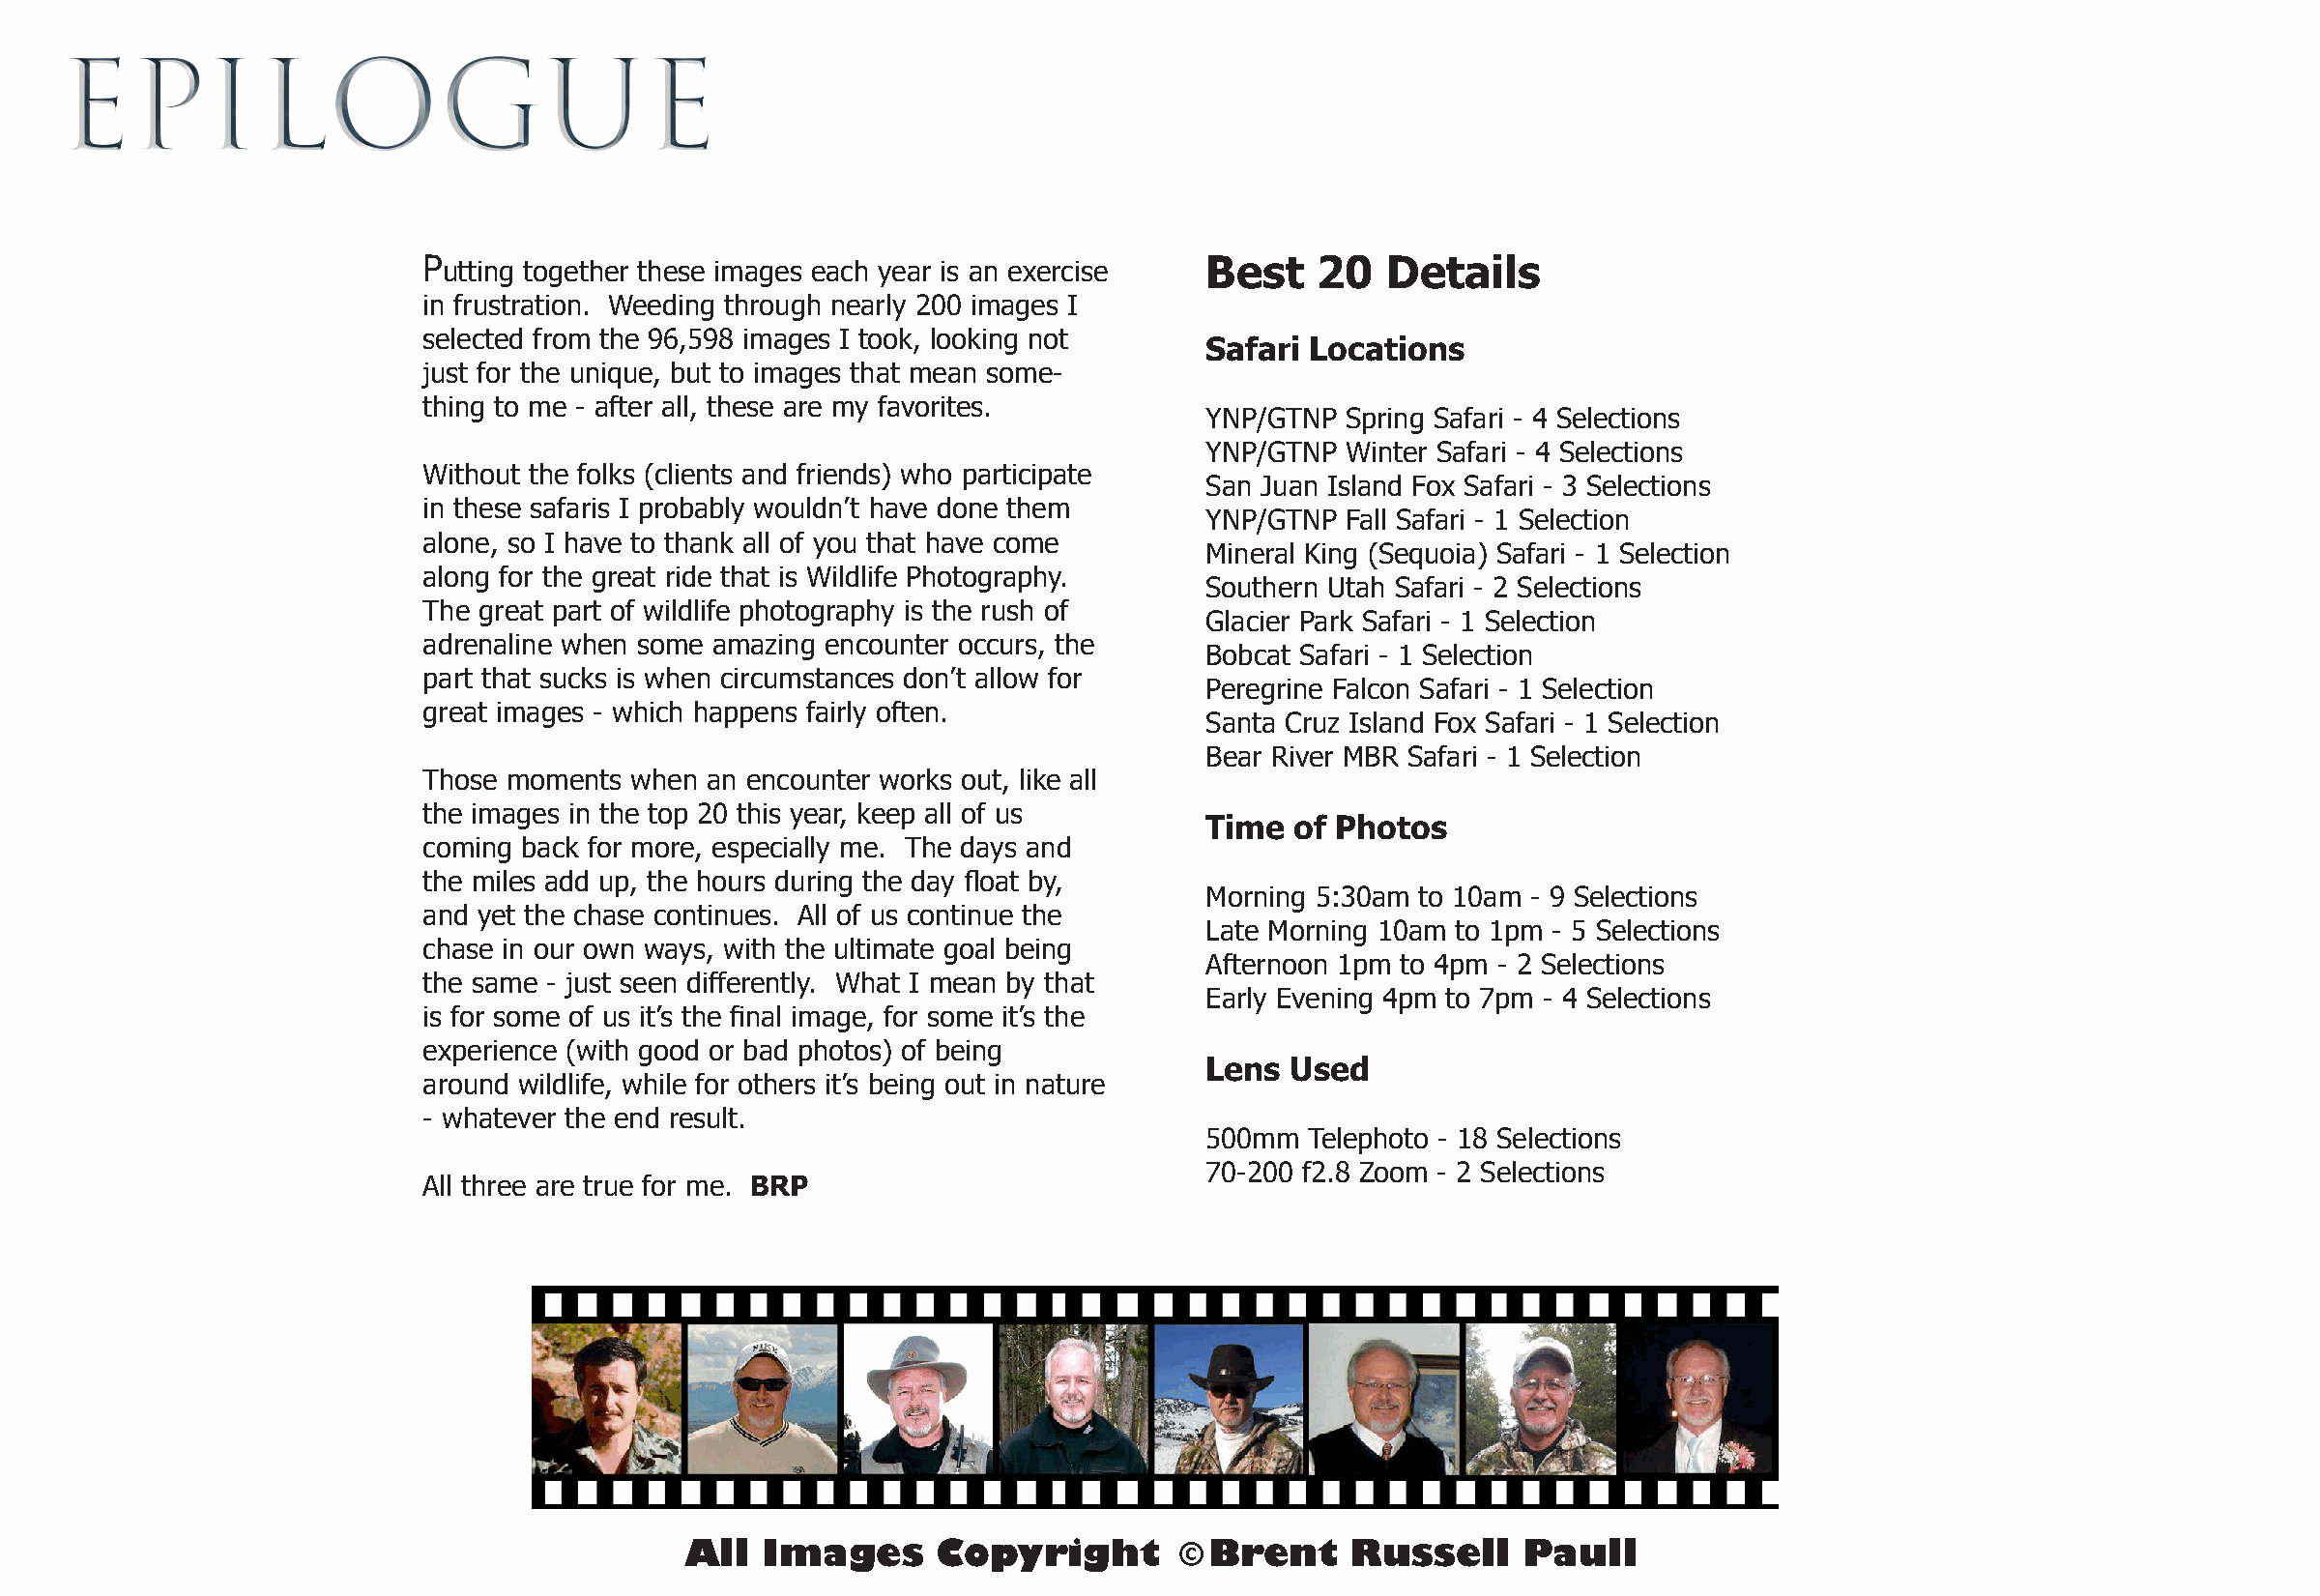
EPILOGUE
 Putting together these images each year is an exercise Best  20   Details
 in frustration. Weeding through nearly 200 images I
 selected from the 96,598 images I took, looking not
 Safari Locations
 just for the unique, but to images that mean some-
 thing to me - after all, these are my favorites.
 YNP/GTNP Spring Safari - 4 Selections
 YNP/GTNP Winter Safari - 4 Selections
 Without the folks (clients and friends) who participate
 San Juan Island Fox Safari - 3 Selections
 in these safaris I probably wouldn’t have done them
 YNP/GTNP Fall Safari - 1 Selection
 alone, so I have to thank all of you that have come
 Mineral King (Sequoia) Safari - 1 Selection
 along for the great ride that is Wildlife Photography.
 Southern Utah Safari - 2 Selections
 The great part of wildlife photography is the rush of
 Glacier Park Safari - 1 Selection
 adrenaline when some amazing encounter occurs, the
 Bobcat Safari - 1 Selection
 part that sucks is when circumstances don’t allow for
 Peregrine Falcon Safari - 1 Selection
 great images - which happens fairly often.
 Santa Cruz Island Fox Safari - 1 Selection
 Bear River MBR Safari - 1 Selection
 Those moments when an encounter works out, like all
 the images in the top 20 this year, keep all of us
 Time  of Photos
 coming back for more, especially me. The days and
 the miles add up, the hours during the day float by,
 Morning 5:30am to 10am - 9 Selections
 and yet the chase continues. All of us continue the
 Late Morning 10am to 1pm - 5 Selections
 chase in our own ways, with the ultimate goal being
 Afternoon 1pm to 4pm - 2 Selections
 the same - just seen differently. What I mean by that
 Early Evening 4pm to 7pm - 4 Selections
 is for some of us it’s the final image, for some it’s the
 experience (with good or bad photos) of being
 Lens Used
 around wildlife, while for others it’s being out in nature
 - whatever the end result.
 500mm  Telephoto - 18 Selections
 70-200 f2.8 Zoom - 2 Selections
 All three are true for me. BRP
 All  Images      Copyright        © Brent    Russell     Paull